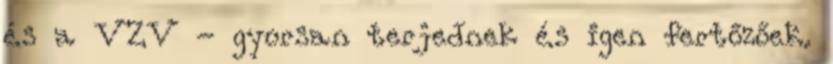
és a VZV - gyorsan terjednek és igen fertőzőek.